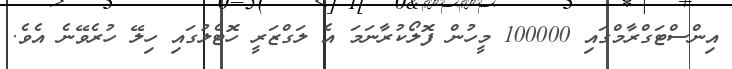
އިންސްޓަގްރާމްގައި 100000 މީހުން ފޮލޯކުރާނަމަ އެ ލަގްޒަރީ ހޮޓެލުގައި ހިލޭ ހުރެވޭނެ އެވެ.